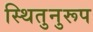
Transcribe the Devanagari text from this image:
स्थितुनुरूप